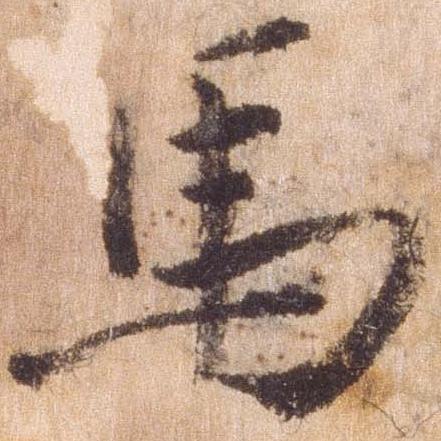
馬